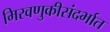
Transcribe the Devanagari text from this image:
मिरवणुकीसंदर्भात